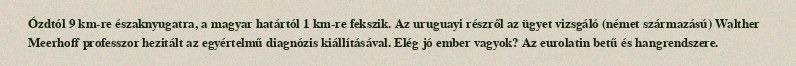
Ózdtól 9 km-re északnyugatra, a magyar határtól 1 km-re fekszik. Az uruguayi részről az ügyet vizsgáló (német származású) Walther Meerhoff professzor hezitált az egyértelmű diagnózis kiállításával. Elég jó ember vagyok? Az eurolatin betű és hangrendszere.